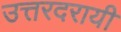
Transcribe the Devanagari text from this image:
उत्तरदरायी